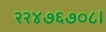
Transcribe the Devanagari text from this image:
२२४७६७०८।